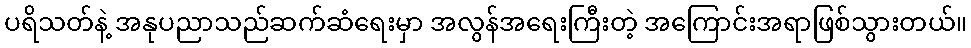
ပရိသတ်နဲ့ အနုပညာသည်ဆက်ဆံရေးမှာ အလွန်အရေးကြီးတဲ့ အကြောင်းအရာဖြစ်သွားတယ်။